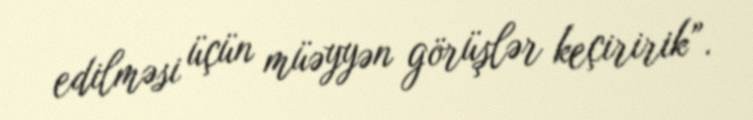
edilməsi üçün müəyyən görüşlər keçiririk”.